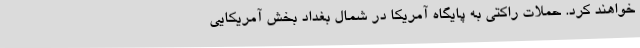
خواهند کرد. حملات راکتی به پایگاه آمریکا در شمال بغداد بخش آمریکایی